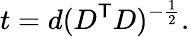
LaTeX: t=d(D^{\mathsf{T}}D)^{-{\frac{1}{2}}}.